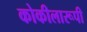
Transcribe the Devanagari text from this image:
कोकीलारूपी